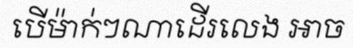
បើម៉ាក់ៗណាដើរលេង អាច